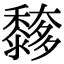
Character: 䵙